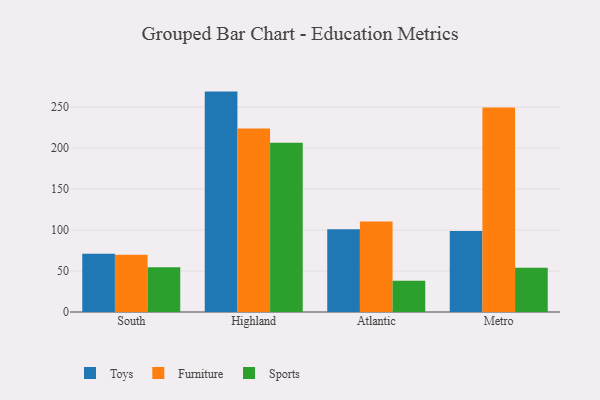
{"axis": {"x": "Region", "y": "Waste Production (Tons)"}, "legend": ["Furniture", "Sports", "Toys"], "data": [{"x": "South", "y": 71.0, "type": "Toys"}, {"x": "South", "y": 69.9, "type": "Furniture"}, {"x": "South", "y": 54.5, "type": "Sports"}, {"x": "Highland", "y": 268.9, "type": "Toys"}, {"x": "Highland", "y": 223.8, "type": "Furniture"}, {"x": "Highland", "y": 206.6, "type": "Sports"}, {"x": "Atlantic", "y": 101.1, "type": "Toys"}, {"x": "Atlantic", "y": 110.5, "type": "Furniture"}, {"x": "Atlantic", "y": 38.0, "type": "Sports"}, {"x": "Metro", "y": 98.8, "type": "Toys"}, {"x": "Metro", "y": 249.6, "type": "Furniture"}, {"x": "Metro", "y": 53.9, "type": "Sports"}]}